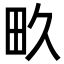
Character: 畂